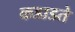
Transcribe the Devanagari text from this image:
कडाडते